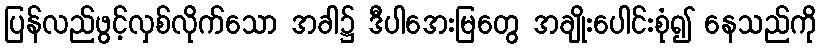
ပြန်လည်ဖွင့်လှစ်လိုက်သော အခါ၌ ဒီပါအေးမြတွေ အချိုးပေါင်းစုံ၍ နေသည်ကို